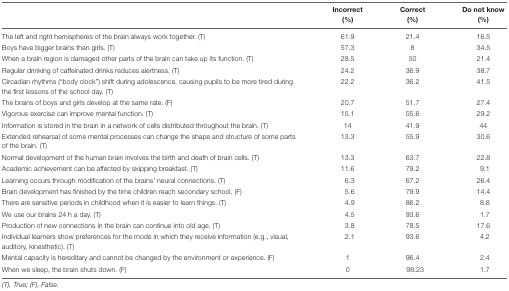
<table><thead><tr><td></td><td><b>Incorrect (%)</b></td><td><b>Correct (%)</b></td><td><b>Do not know (%)</b></td></tr></thead><tbody><tr><td>The left and right hemispheres of the brain always work together. (T)</td><td>61.9</td><td>21.4</td><td>16.5</td></tr><tr><td>Boys have bigger brains than girls. (T)</td><td>57.3</td><td>8</td><td>34.5</td></tr><tr><td>When a brain region is damaged other parts of the brain can take up its function. (T)</td><td>28.5</td><td>50</td><td>21.4</td></tr><tr><td>Regular drinking of caffeinated drinks reduces alertness. (T)</td><td>24.2</td><td>36.9</td><td>38.7</td></tr><tr><td>Circadian rhythms (“body clock”) shift during adolescence, causing pupils to be more tired during the first lessons of the school day. (T)</td><td>22.2</td><td>36.2</td><td>41.5</td></tr><tr><td>The brains of boys and girls develop at the same rate. (F)</td><td>20.7</td><td>51.7</td><td>27.4</td></tr><tr><td>Vigorous exercise can improve mental function. (T)</td><td>15.1</td><td>55.6</td><td>29.2</td></tr><tr><td>Information is stored in the brain in a network of cells distributed throughout the brain. (T)</td><td>14</td><td>41.9</td><td>44</td></tr><tr><td>Extended rehearsal of some mental processes can change the shape and structure of some parts of the brain. (T)</td><td>13.3</td><td>55.9</td><td>30.6</td></tr><tr><td>Normal development of the human brain involves the birth and death of brain cells. (T)</td><td>13.3</td><td>63.7</td><td>22.8</td></tr><tr><td>Academic achievement can be affected by skipping breakfast. (T)</td><td>11.6</td><td>79.2</td><td>9.1</td></tr><tr><td>Learning occurs through modification of the brains’ neural connections. (T)</td><td>6.3</td><td>67.2</td><td>26.4</td></tr><tr><td>Brain development has finished by the time children reach secondary school. (F)</td><td>5.6</td><td>79.9</td><td>14.4</td></tr><tr><td>There are sensitive periods in childhood when it is easier to learn things. (T)</td><td>4.9</td><td>86.2</td><td>8.8</td></tr><tr><td>We use our brains 24 h a day. (T)</td><td>4.5</td><td>93.6</td><td>1.7</td></tr><tr><td>Production of new connections in the brain can continue into old age. (T)</td><td>3.8</td><td>78.5</td><td>17.6</td></tr><tr><td>Individual learners show preferences for the mode in which they receive information (e.g., visual, auditory, kinesthetic). (T)</td><td>2.1</td><td>93.6</td><td>4.2</td></tr><tr><td>Mental capacity is hereditary and cannot be changed by the environment or experience. (F)</td><td>1</td><td>96.4</td><td>2.4</td></tr><tr><td>When we sleep, the brain shuts down. (F)</td><td>0</td><td>98.23</td><td>1.7</td></tr></tbody></table>